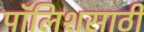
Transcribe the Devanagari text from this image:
पॉलिशसाठी